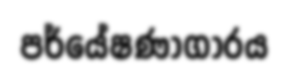
පර්යේෂණාගාරය